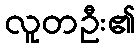
လူတဦး၏